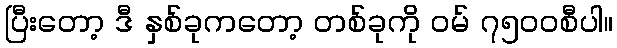
ပြီးတော့ ဒီ နှစ်ခုကတော့ တစ်ခုကို ဝမ် ၇၅၀၀စီပါ။